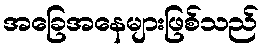
အခြေအနေများဖြစ်သည်